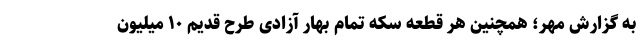
به گزارش مهر؛ همچنین هر قطعه سکه تمام بهار آزادی طرح قدیم ۱۰ میلیون